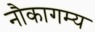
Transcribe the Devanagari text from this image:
नौकागम्य